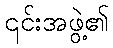
၎င်းအဖွဲ့၏